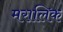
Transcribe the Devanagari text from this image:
मरालिक